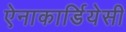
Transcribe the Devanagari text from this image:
ऐनाकार्डियेसी